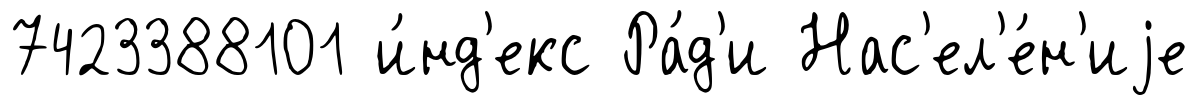
7423388101 и́нд'екс Ра́д'и Нас'ел'е́н'иjе